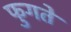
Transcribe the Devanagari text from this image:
फुगते